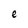
Character: e